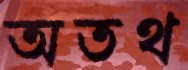
অতথ